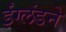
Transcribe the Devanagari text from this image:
ईंग्लंडने